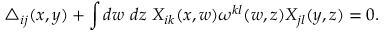
\triangle _ { i j } ( x , y ) + \int d w ~ d z ~ X _ { i k } ( x , w ) \omega ^ { k l } ( w , z ) X _ { j l } ( y , z ) = 0 .